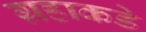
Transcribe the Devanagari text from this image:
ग्रहाकडे